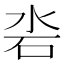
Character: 沯